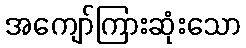
အကျော်ကြားဆုံးသော